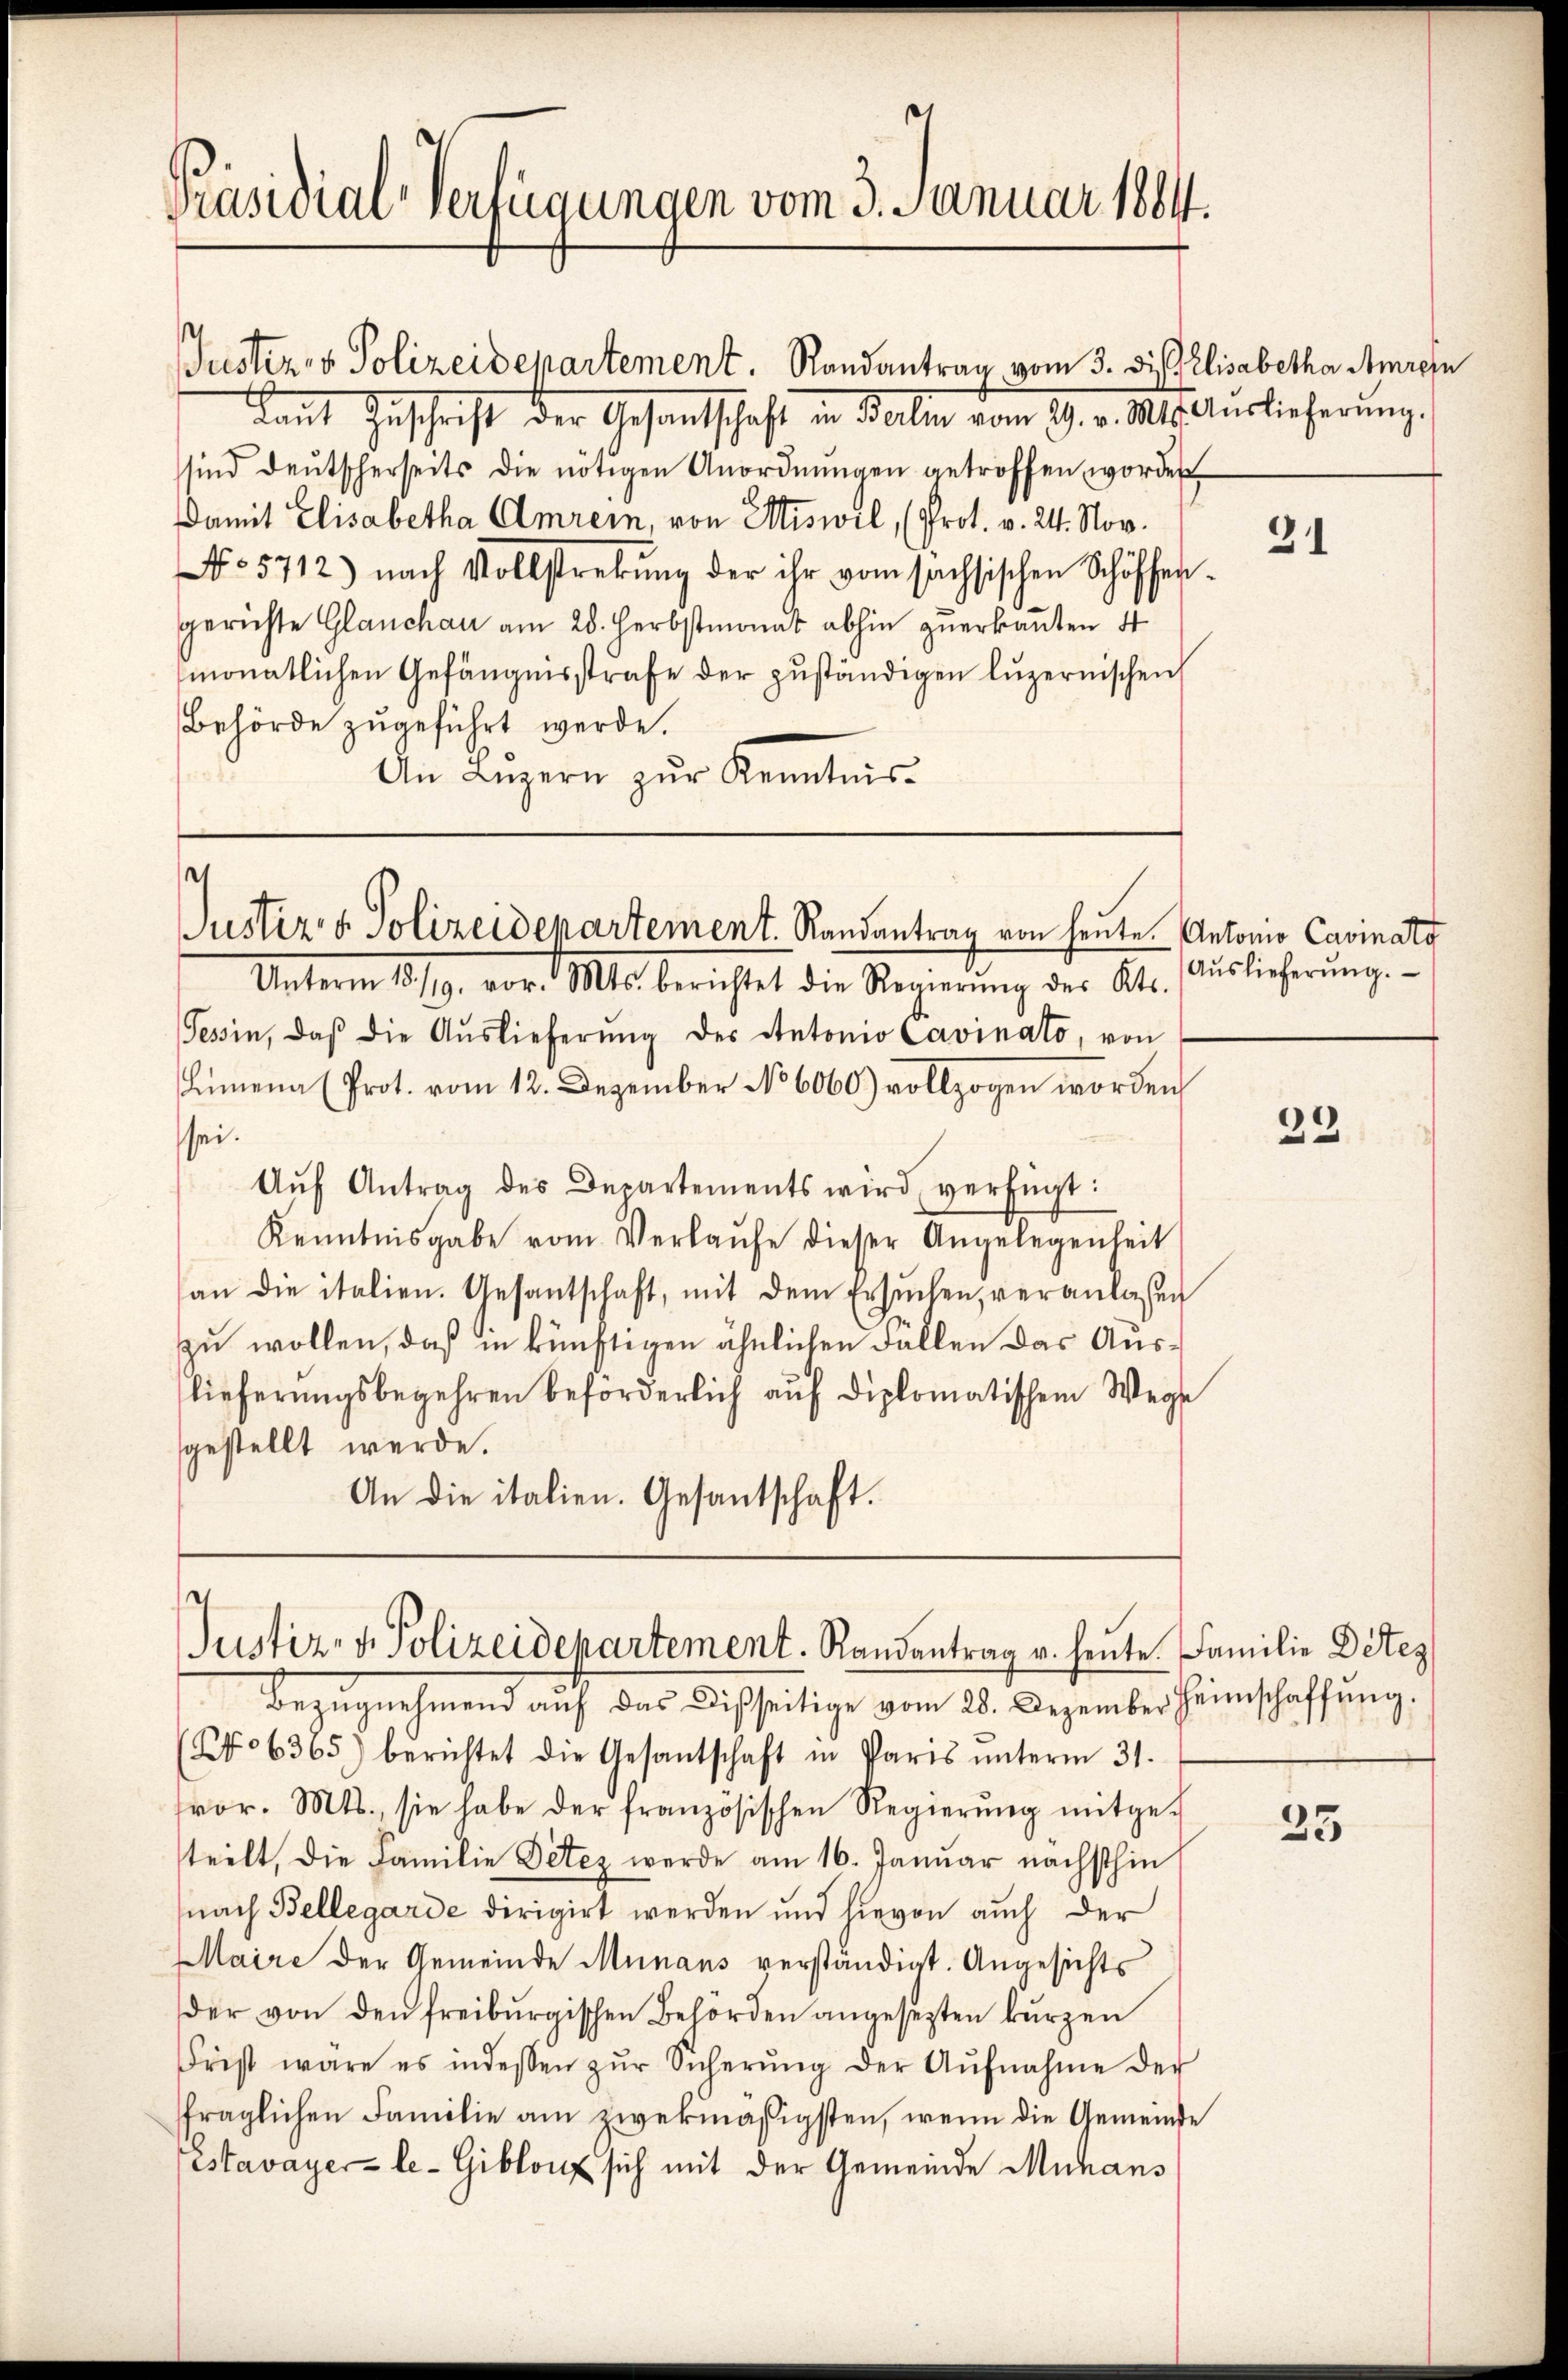
Präsidial-Verfügungen vom 3. Januar 1884.

Justiren Polizeidepartement. Randantrag vom 3. die Elisabetha Amrein
Laut Zuschrift der Gesandtschaft in Beilen vom 9. v. M. Auslieferŭng.
sind deŭtscherseits die nötigen Anordnŭngen getroffen worden
Damit Elisabetha Amrein, von Miswil, (Prot. v. 24. Nov.
No 5712) nach Vollstrebung der ihr vom sachsischen Schöffengerichte Glauchau am 28. Herbstmonat abhin zuerkannten 4
monatlichen Gefängnisstrafe der zuständigen luzernischen
Behörde zugeführt werde.
An Lŭzern zŭr Kenntnis-

s
Justiz & Polizeidenartement. Randantrag von heute. Antonio Cavinato

s
Justiz- & Polizeidepartement. Randantrag v. heute. Familie Detes

Bezŭgnehmend aŭf das Disseitige vom 28. Dezember Heimschaffŭng.
(No 6365) berichtet die Gesantschaft in Paris ŭnterm 31.
fror. Mts., sie habe der französischen Regierŭng mitge-
teilt, die Familie Detez werde am 16. Januar nächsthin
nach Bellegarde dirigirt werden und hievon auch der
Maire der Gemeinde Munaus verständigt. Angesichts
der von den freiburgischen Behörden angesezten kurzen
Frist wäre es indessen zŭr Sicherŭng der Aŭfnahme der
ffraglichen Familie am zwekmäßigsten, wenn die Gemeinde
Estavayer le-Giblouz sich mit der Gemeinde Muhans

Unterm 18./19. vor. Mts. berichtet die Regierung der Abs.
Tessin, daβ die Aŭslieferŭng des Antonio Cavinato, von
Liena (Prot. vom 12. Dezember No 6060) vollzogen worden,
sei.
Aŭf Antrag des Departements wird verfügt:
Kenntnisgabe vom Verlaŭfe dieser Angelegenheit
an die italien. Gesantschaft, mit dem Ersŭchen, veranlassen
zu wollen, daß in künftigen ähnlichen Fällen das Auslieferungsbegehren beförderlich auf diplomatischem Wege
sgestellt werde.
An die italien. Gesantschaft.

21

Auslieferung.

23

25